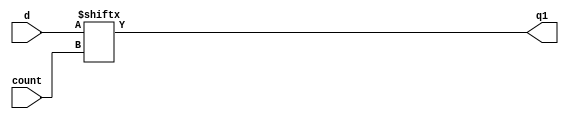
module IDX_NR_ORNG (count, d, q1); 
   output q1; 
   input [3:0] d; 
   input [2:0] count;   

   assign q1 = d[count]; 
endmodule